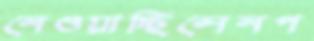
নেওয়াচ্ছিলেনপ